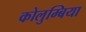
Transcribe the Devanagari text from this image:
कोलुम्बिया